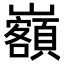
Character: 𡿃